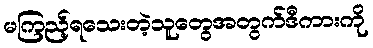
မကြည့်ရသေးတဲ့သူတွေအတွက်ဒီကားကို